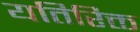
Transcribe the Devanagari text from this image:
यतिरिक्त